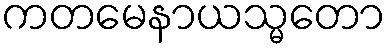
ကတမေနာယသ္မတော